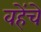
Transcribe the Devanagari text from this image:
वहेंचे